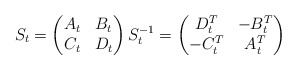
\begin{align*}S_{t}=\begin{pmatrix}A_{t} & B_{t}\\C_{t} & D_{t}\end{pmatrix}S_{t}^{-1}=\begin{pmatrix}D_{t}^{T} & -B_{t}^{T}\\-C_{t}^{T} & A_{t}^{T}\end{pmatrix}\end{align*}